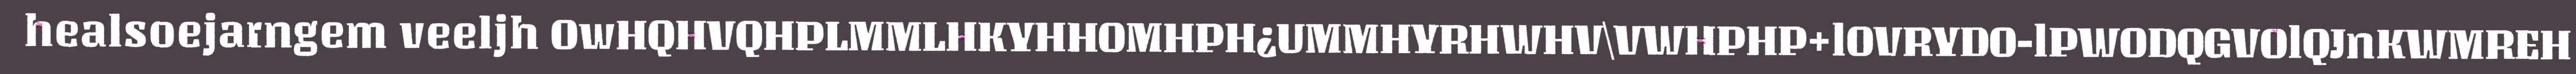
healsoejarngem veeljh OwHQHVQHPLMMLHKYHHOMHPH¿UMMHYRHWHV\VWHPHP+lOVRYDO-lPWODQGVOlQJnKWMREH